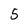
Character: 5